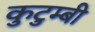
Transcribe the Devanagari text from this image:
कुटुम्बी